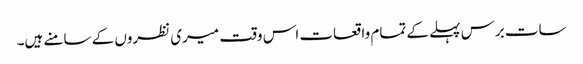
سات برس پہلے کے تمام واقعات اس وقت میری نظروں کے سامنے ہیں۔